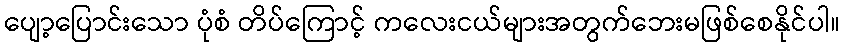
ပျော့ပြောင်းသော ပုံစံ တိပ်ကြောင့် ကလေးငယ်များအတွက်ဘေးမဖြစ်စေနိုင်ပါ။